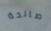
صالحة